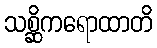
သစ္ဆိကရောထာတိ